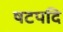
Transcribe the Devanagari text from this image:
षटपदि